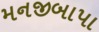
મનજીબાપા